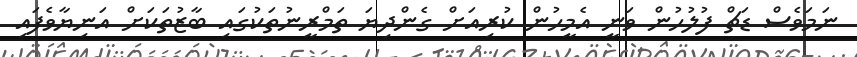
ނަމަވެސް ޑަޗް ފުލުހުން ވަނީ އެމީހުން ކުރިއަށް ގެންދިޔަ ތަމްރީނުތަކުގައި ބާޒުތަކަށް އަނިޔާވެފައި